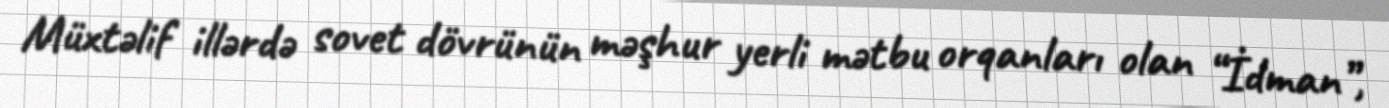
Müxtəlif illərdə sovet dövrünün məşhur yerli mətbu orqanları olan “İdman”,